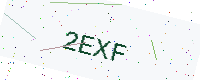
Text: 2EXF